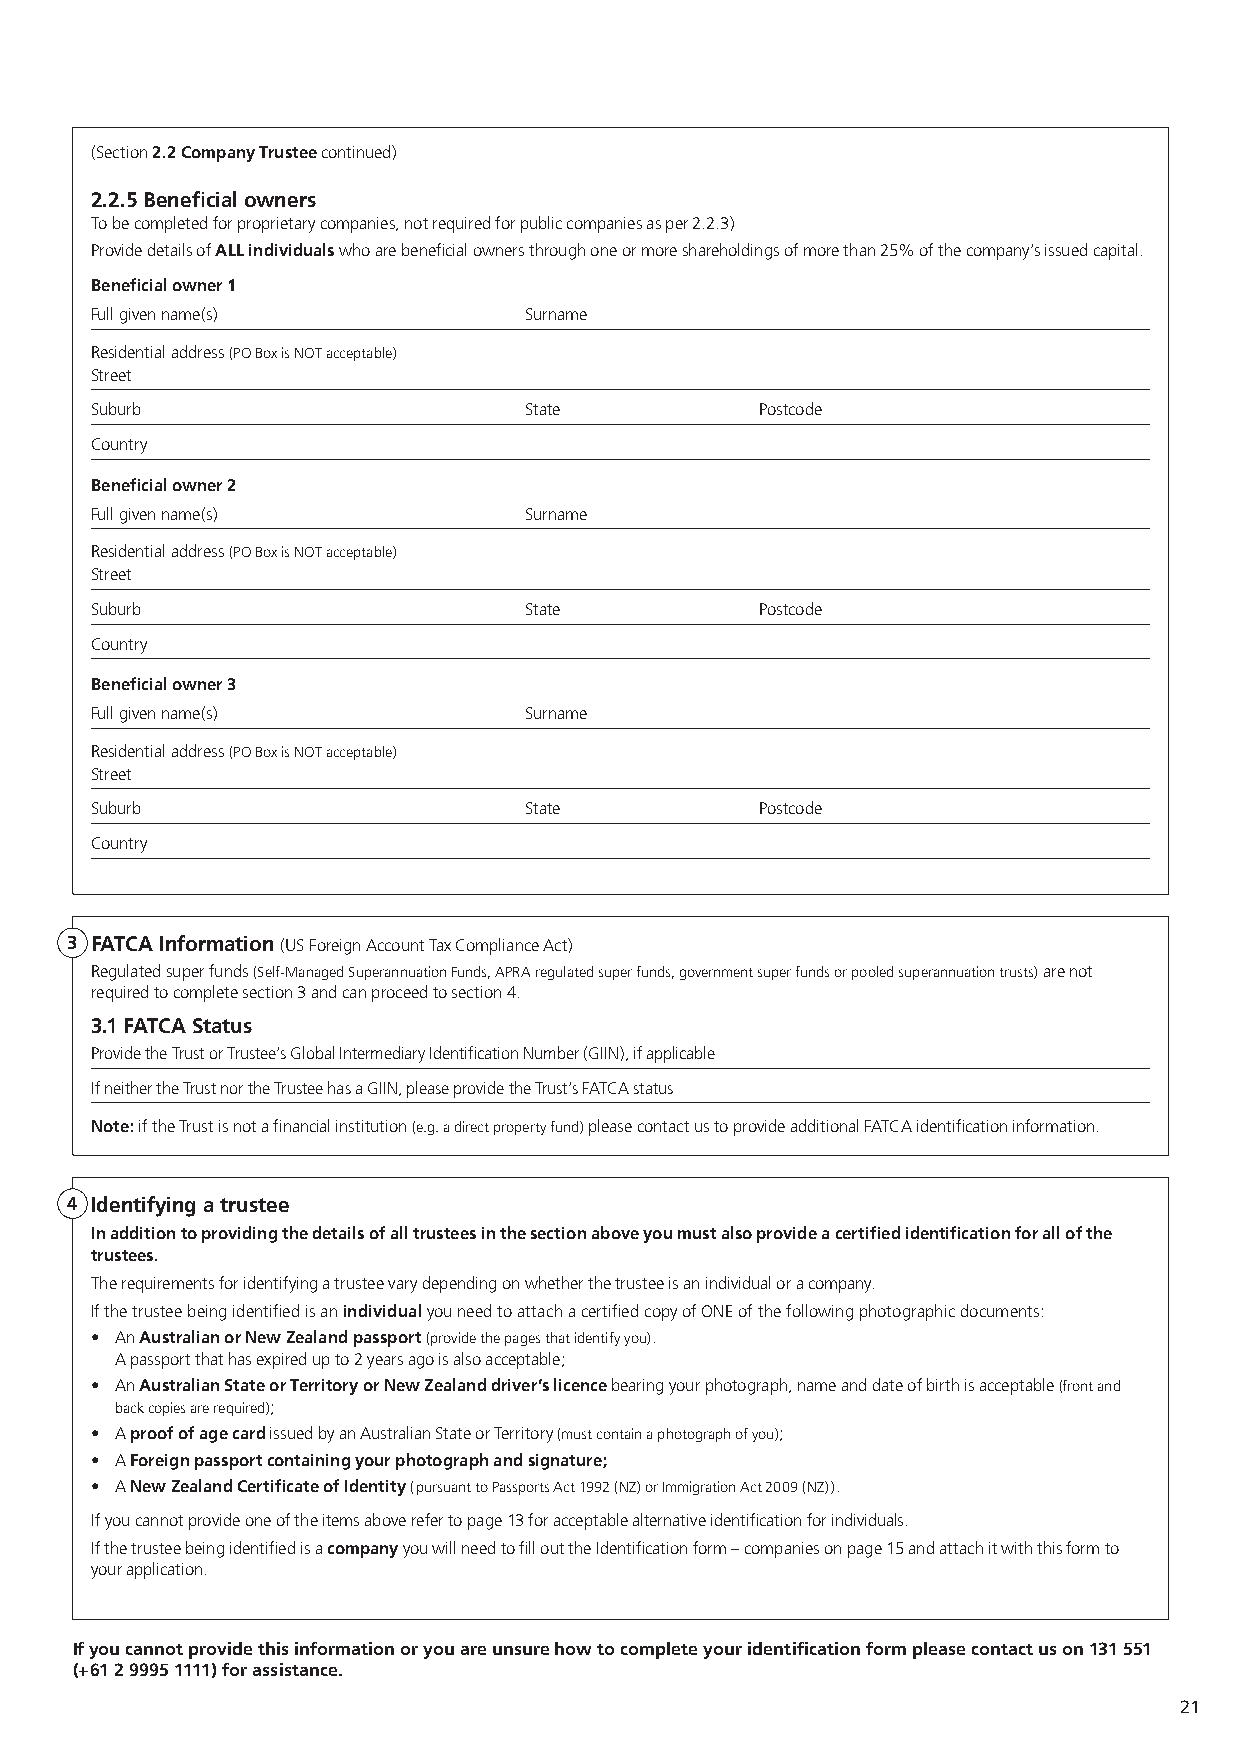
(Section 2.2 Company Trustee continued)
 2.2.5 Beneficial owners
 To be completed for proprietary companies, not required for public companies as per 2.2.3)
 Provide details of ALL individuals who are beneficial owners through one or more shareholdings of more than 25% of the company’s issued capital.
 Beneficial owner 1
 Full given name(s)           Surname
 Residential address (PO Box is NOT acceptable)
 Street
 Suburb                       State          Postcode
 Country
 Beneficial owner 2
 Full given name(s)           Surname
 Residential address (PO Box is NOT acceptable)
 Street
 Suburb                       State          Postcode
 Country
 Beneficial owner 3
 Full given name(s)           Surname
 Residential address (PO Box is NOT acceptable)
 Street
 Suburb                       State          Postcode
 Country
 3 FATCA Information (US Foreign Account Tax Compliance Act)
 Regulated super funds (Self-Managed Superannuation Funds, APRA regulated super funds, government super funds or pooled superannuation trusts) are not
 required to complete section 3 and can proceed to section 4.
 3.1 FATCA Status
 Provide the Trust or Trustee’s Global Intermediary Identification Number (GIIN), if applicable
 If neither the Trust nor the Trustee has a GIIN, please provide the Trust’s FATCA status
 Note: if the Trust is not a financial institution (e.g. a direct property fund) please contact us to provide additional FATCA identification information.
 4 Identifying a trustee
 In addition to providing the details of all trustees in the section above you must also provide a certified identification for all of the
 trustees.
 The requirements for identifying a trustee vary depending on whether the trustee is an individual or a company.
 If the trustee being identified is an individual you need to attach a certified copy of ONE of the following photographic documents:
 • An Australian or New Zealand passport (provide the pages that identify you).
 A passport that has expired up to 2 years ago is also acceptable;
 • An Australian State or Territory or New Zealand driver’s licence bearing your photograph, name and date of birth is acceptable (front and
 back copies are required);
 • A proof of age card issued by an Australian State or Territory (must contain a photograph of you);
 • A Foreign passport containing your photograph and signature;
 • A New Zealand Certificate of Identity (pursuant to Passports Act 1992 (NZ) or Immigration Act 2009 (NZ)).
 If you cannot provide one of the items above refer to page 13 for acceptable alternative identification for individuals.
 If the trustee being identified is a company you will need to fill out the Identification form – companies on page 15 and attach it with this form to
 your application.
 If you cannot provide this information or you are unsure how to complete your identification form please contact us on 131 551
 (+61 2 9995 1111) for assistance.
 21